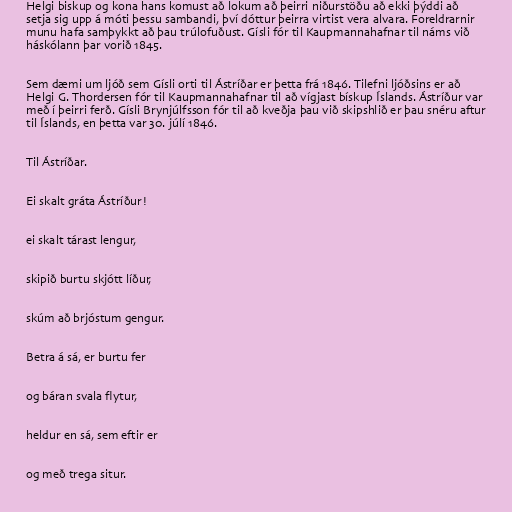
Helgi biskup og kona hans komust að lokum að þeirri niðurstöðu að ekki þýddi að
setja sig upp á móti þessu sambandi, því dóttur þeirra virtist vera alvara. Foreldrarnir
munu hafa samþykkt að þau trúlofuðust. Gísli fór til Kaupmannahafnar til náms við
háskólann þar vorið 1845.

Sem dæmi um ljóð sem Gísli orti til Ástríðar er þetta frá 1846. Tilefni ljóðsins er að
Helgi G. Thordersen fór til Kaupmannahafnar til að vígjast bískup Íslands. Ástríður var
með í þeirri ferð. Gísli Brynjúlfsson fór til að kveðja þau við skipshlið er þau snéru aftur
til Íslands, en þetta var 30. júlí 1846.

Til Ástríðar.

Ei skalt gráta Ástríður!

ei skalt tárast lengur,

skipið burtu skjótt líður,

skúm að brjóstum gengur.

Betra á sá, er burtu fer

og báran svala flytur,

heldur en sá, sem eftir er

og með trega situr.